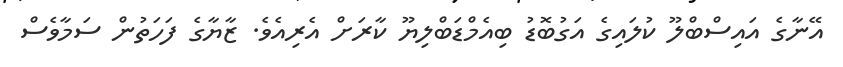
އޭނާގެ އައިސްބްލޫ ކުލައިގެ އަގުބޮޑު ބިއެމްޑަބްލިޔޫ ކާރަށް އެރިއެވެ. ޒާޔާގެ ފަހަތުން ސަމާވެސް